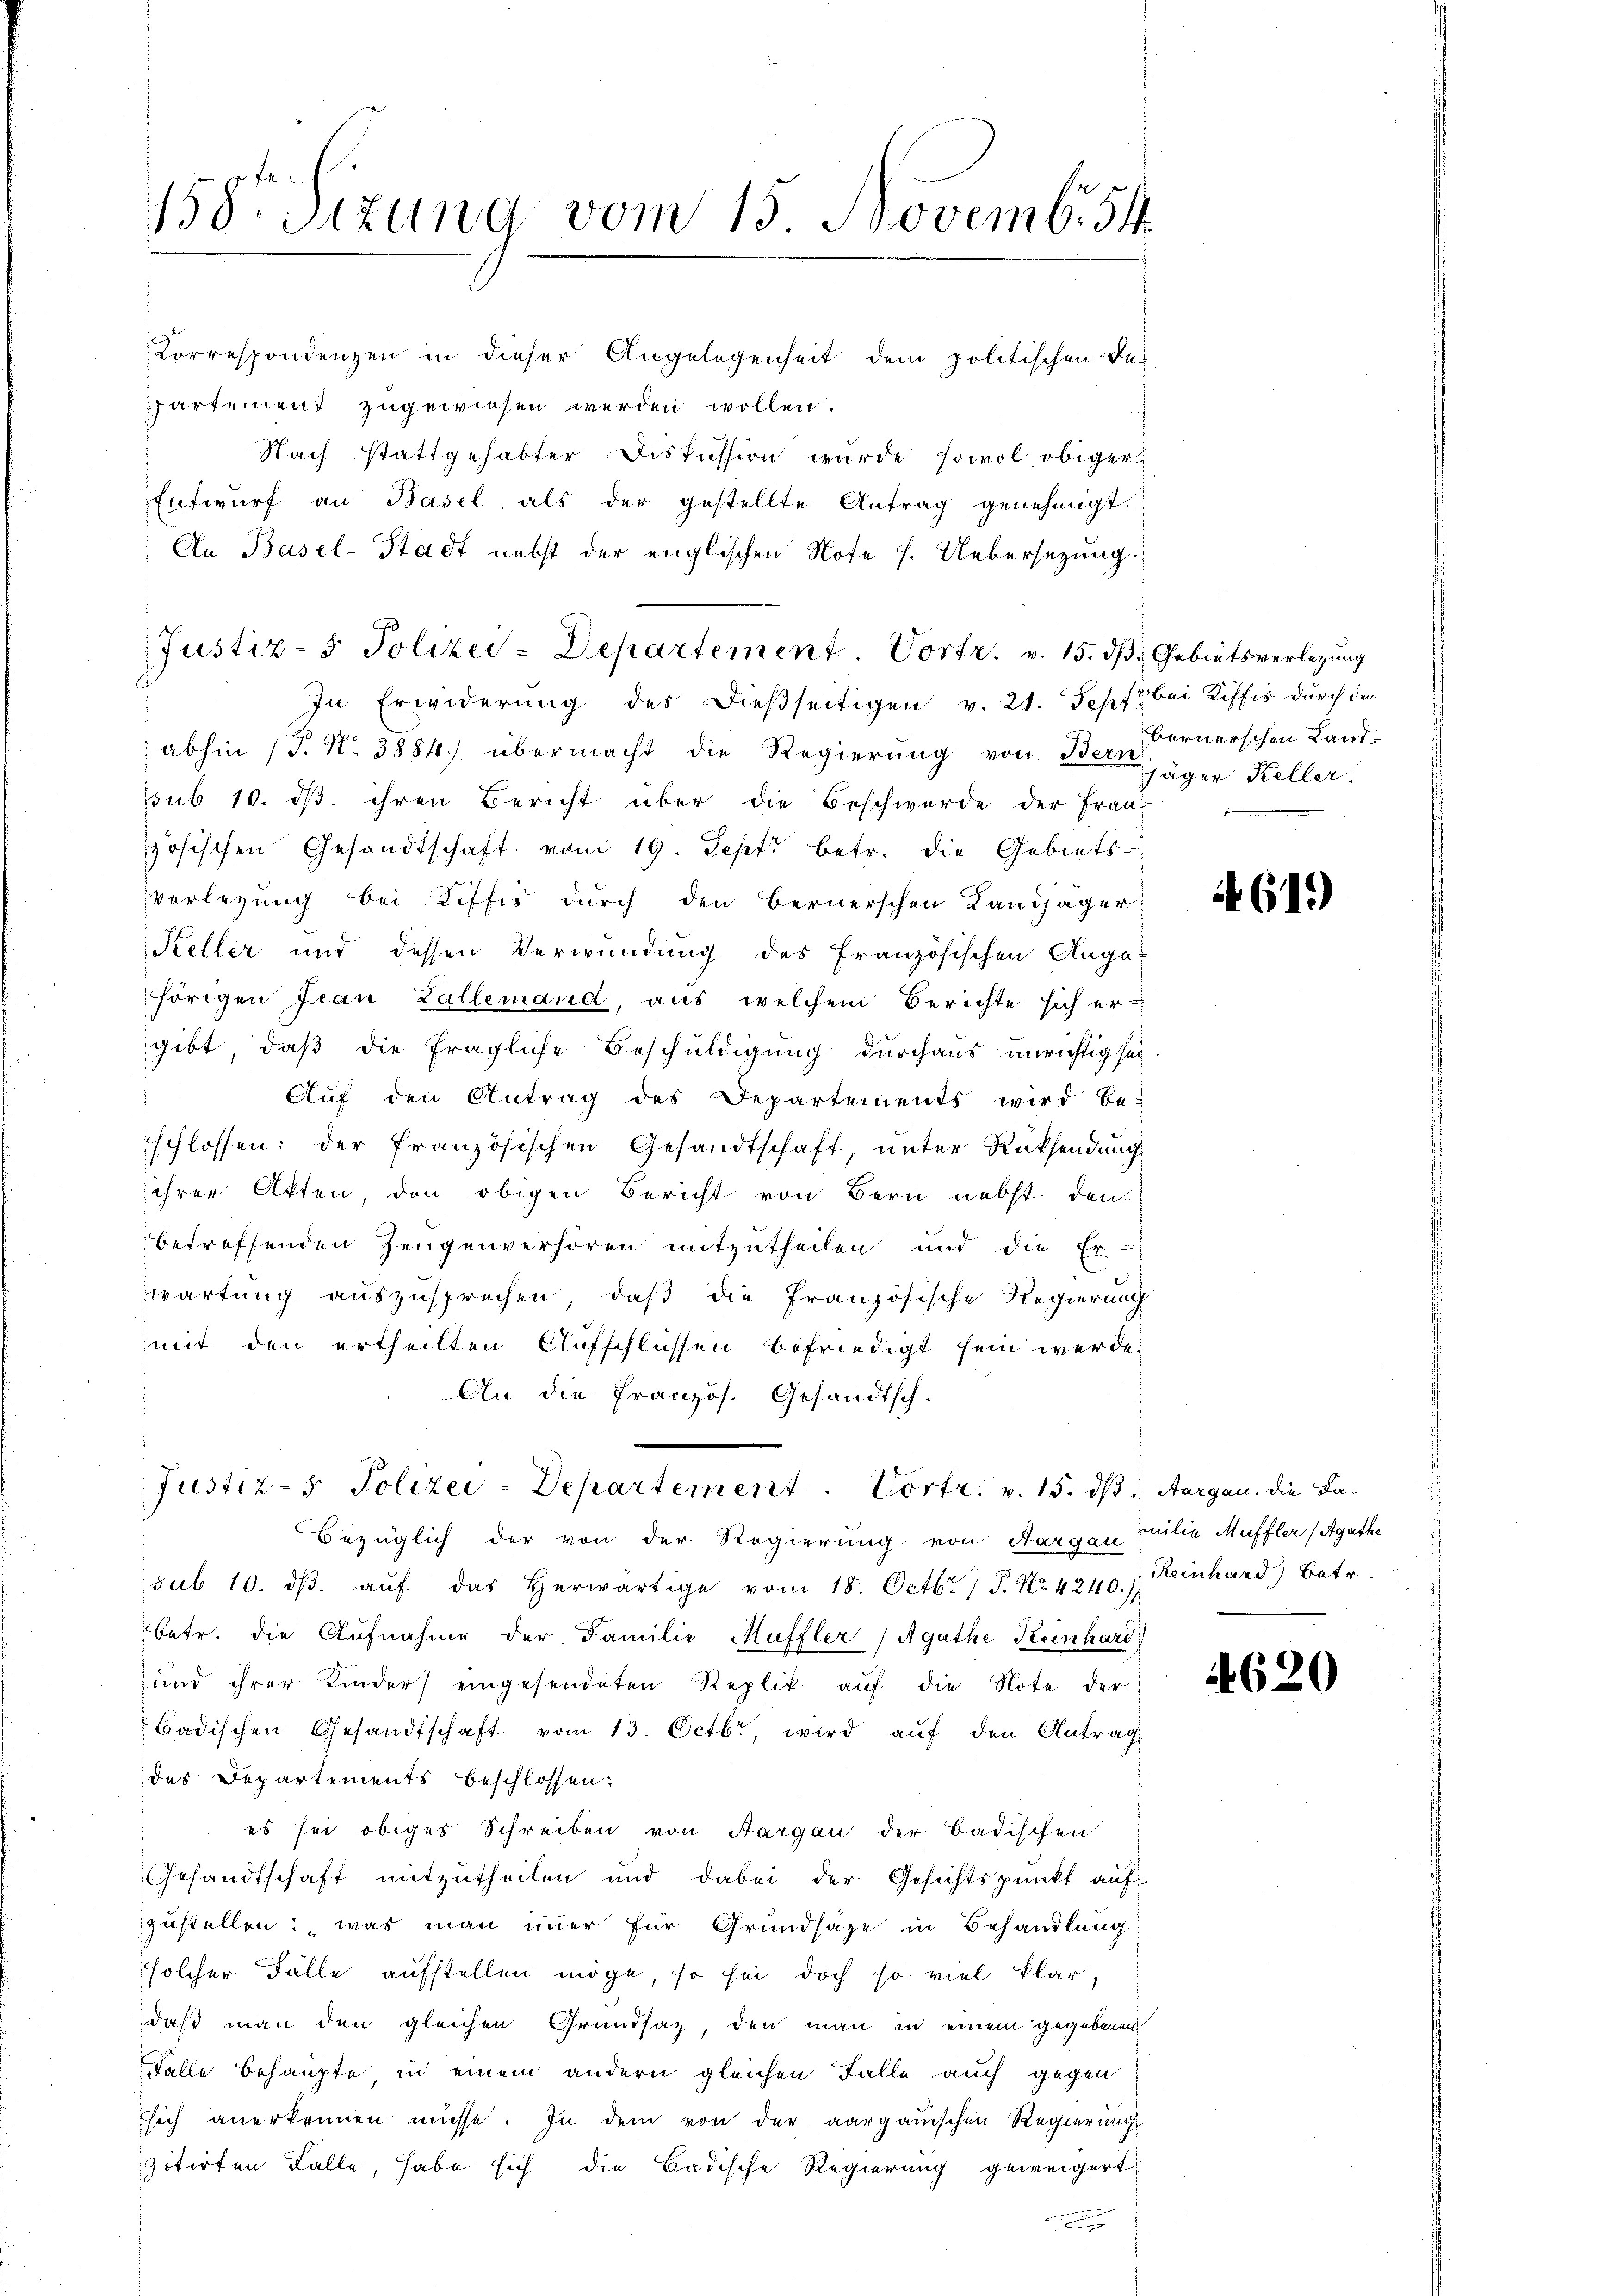
158. Sizung vom 15. Novemb. 84.
Correspondenzen in dieser Angelegenheit dem politischen De¬

partement zugewiesen werden wollen.
Nach stattgehabter Diskussion wurde sowol obiger
Entwurf an Basel, als der gestellte Antrag genehmigt.
An Basel-Stadt nebst der englischen Note s. Uebersetzung.
In Erwiderung des dießseitigen v. 21. Sepf bei Riffes durch den
abhin (T. N. 3884) übermacht die Regierung von Bernhäger Keller.
sub 10. ds. ihren Bericht über die Beschwerde der Franz
zösischen Gesandtschaft vom 19. Sept betr. die Gebiets
verlegung bei Liffis durch den Bernerschen Landjäger
Keller und dessen Verwundung des französischen Auga-
hörigen Jean Zallemand, aus welchem Berichte sich er-
gibt, daß die fragliche Beschuldigung durchaus unrichtig sei.
Auf den Antrag des Departements wird be-
schlossen: der französischen Gesandtschaft, unter Rücksendung
ihrer Akten, den obigen Bericht von Bern nebst den
betreffenden Zeugenverhören mitzutheilen und die Er-
wartung auszusprechen, daß die Französische Regierung
mit den ertheilten Aufschlüssen befriedigt sein werde.
An die Französ. Gesandtsch.

Justiz- & Polizei-Departement. Vortr. v. 15. dß Gebietsverlegung

Justiz- & Polizei-Departement. Vortr. v. 15. ds. Aargau. Die Fa¬

Bezüglich der von der Regierung von Aargau milie Muffler (Agathe
sub 10. dβ aŭf das herwärtige vom 18. Octbr. 1 P. Nr. 4240.) Reinhard betr.
betr. die Aufnahme der Familie Muffler (Agathe Keinhard)
und ihrer Kinder eingesendeten Replik aŭf die Note der
Badischen Gesandtschaft vom 13. Octbr., wird aŭf den Antrag
des Departements beschlossen:
es sei obiges Schreiben von Aargau der Badischen
Gesandtschaft mitzutheilen und dabei der Gesichtspunkt auf
zustellen: was man immer für Grundsaze in Behandlung
solcher Fälle aufstellen möge, so sei doch so viel klar,
daß man den gleichen Grundsatz, den man in einem gegebenen
Falle behaupte, in einem andern gleichen Falle auch gegen
sich anerkennen müsse. In dem von der aargauischen Regierung
zitirten Falle, habe sich die Badische Regierung geweigert

bernerschen Land¬

619

4620